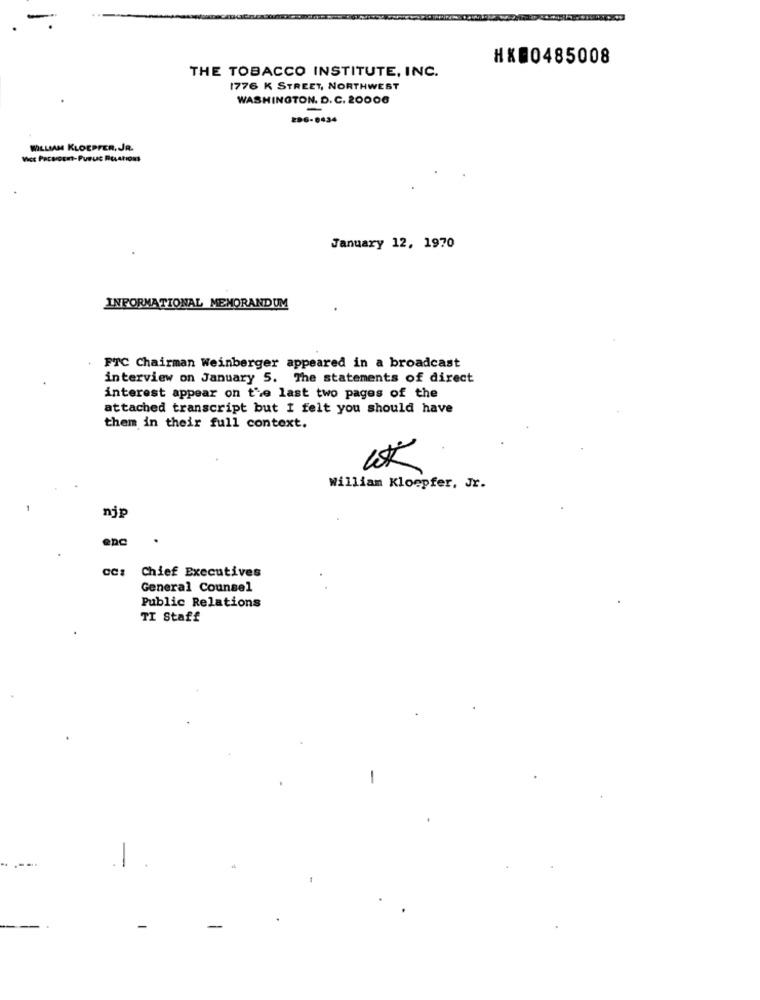
HX00485008
THE TOBACCO INSTITUTE, INC.
1776 K STREET, NORTHWEST
WASHINGTON. D. C. 20006
-
206-0434
WILLIAM KLOEPFER, JR.
Vicc Pacsocet-Puruc RusAtions
January 12, 1970
INFORMATIONAL MEMORANDUM
FTC Chairman Weinberger appeared in a broadcast
interview on January 5. The statements of direct
interest appear on the last two pages of the
attached transcript but I felt you should have
them in their full context.
William Kloepfer, Jr.
njp
ene
Chief Executives
General Counsel
Public Relations
TI Staff
-